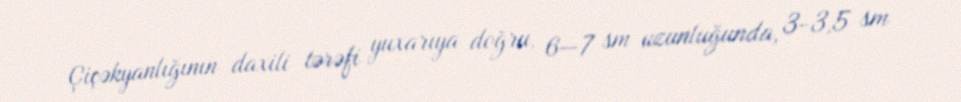
Çiçəkyanlığının daxili tərəfi yuxarıya doğru, 6—7 sm uzunluğunda, 3-3,5 sm